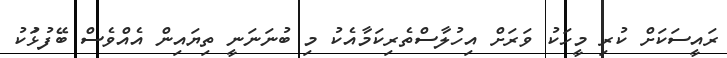
ރައީސަކަށް ކުރި މީހަކު ވަރަށް އިހުލާސްތެރިކަމާއެކު މި ބުނަނަނީ ތިޔައިން އެއްވެސް ބޭފުޅަުކު